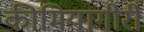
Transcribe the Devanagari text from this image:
कीमियागीरी